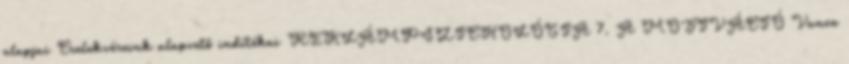
alapjai Cselekvéseink alapvető indítékai REKLÁMPSZICHOLÓGIA 7. A MOTIVÁCIÓ Vance